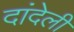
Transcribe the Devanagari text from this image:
दांदेली